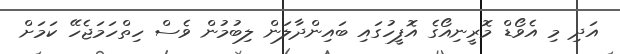
އަދި މި އެވޯޑް މޮރީނިއޯގެ އޮފީހުގައި ބައިންދާލަން ލިބުމުން ވެސް ހިތްހަމަޖެހޭ ކަމަށް